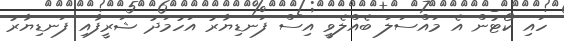
ހައި ކޯޓުން އެ މައްސަލަ ބެއްލެވީ އިސް ފަނޑިޔާރު އަހުމަދު ޝަރީފާއި ފަނޑިޔާރު